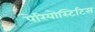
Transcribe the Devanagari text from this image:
पेरियोस्टिटिस